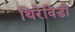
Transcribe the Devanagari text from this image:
थिरेविडी